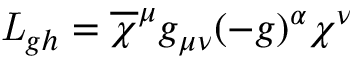
{ \it L } _ { g h } = \overline { { { \chi } } } ^ { \mu } g _ { \mu \nu } ( - g ) ^ { \alpha } \chi ^ { \nu }